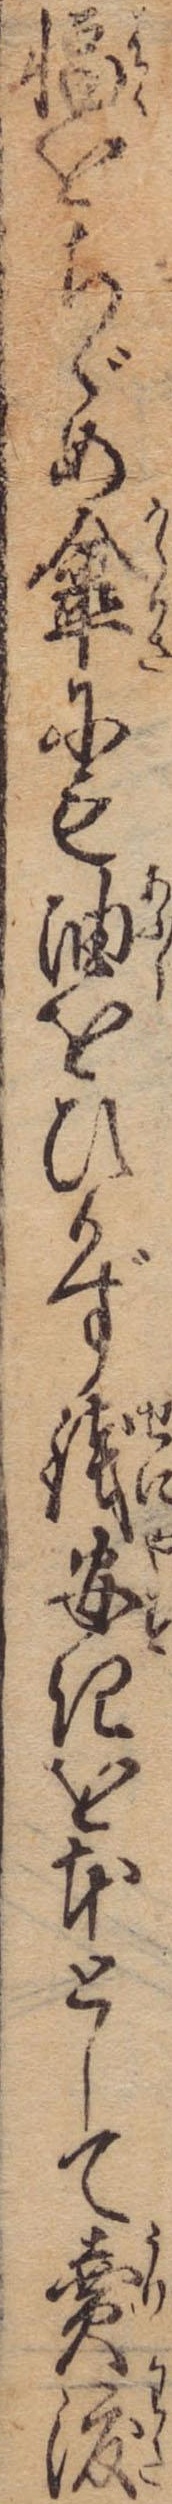
幅をちゞめ傘にも油をひかず銭安きを本として売渡